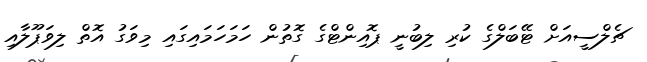
ޗެލްސީއަށް ޓޭބަލްގެ ކުރި ލިބުނީ ޕޮއިންޓްގެ ގޮތުން ހަމަހަމައިގައި މިވަގު އޮތް ލިވަޕޫލާއި